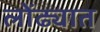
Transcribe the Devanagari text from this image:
लोंढ्यात